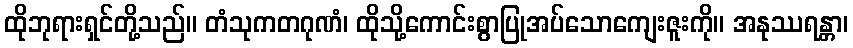
ထိုဘုရားရှင်တို့သည်။ တံသုကတဂုဏံ၊ ထိုသို့ကောင်းစွာပြုအပ်သောကျေးဇူးကို။ အနုဿရန္တာ၊